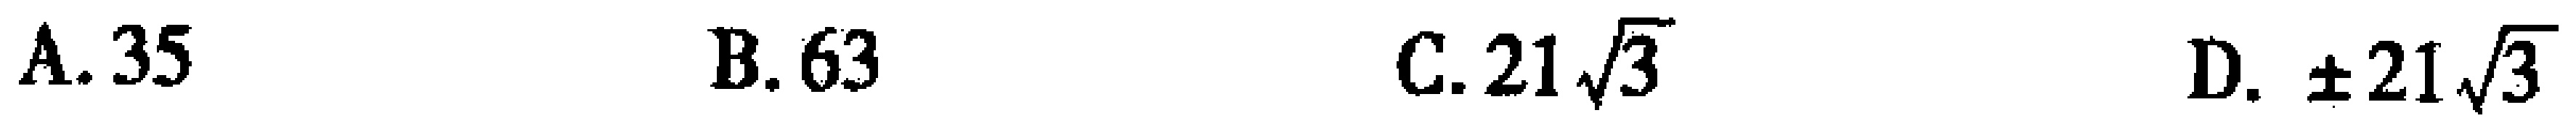
A. \(35\)  B. \(63\)  C. \(21\sqrt{3}\)  D. \(\pm21\sqrt{3}\)